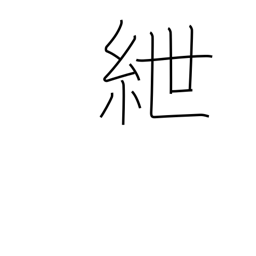
Meaning: fetters